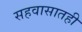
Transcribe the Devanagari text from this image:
सहवासातही